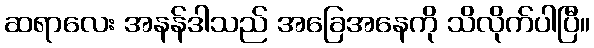
ဆရာလေး အနန်ဒါသည် အခြေအနေကို သိလိုက်ပါပြီ။